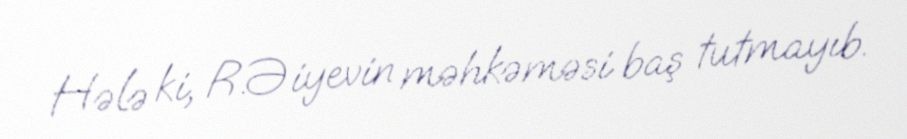
Hələ ki, R.Əiyevin məhkəməsi baş tutmayıb.